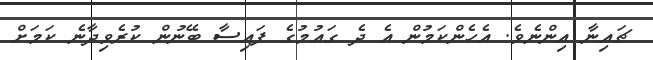
ޗައިނާ އިންނެވެ. އެހެންކަމުން އެ ދެ ގައުމުގެ ފައިސާ ބޭނުން ކުރެވިދާނެ ކަމަށް